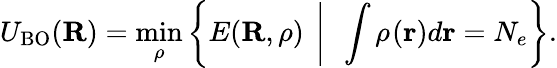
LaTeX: U_{\mathrm{BO}}({\mathbf R})=\operatorname*{min}_{\rho}\left\{ E({\mathbf R},\rho)~\left\vert~\ \int\rho_{}({\mathbf r})d{\mathbf r}=N_{e}\right.\right\} .